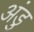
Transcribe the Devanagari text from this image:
अंडु